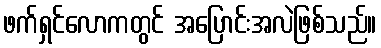
ဖက်ရှင်လောကတွင် အပြောင်းအလဲဖြစ်သည်။